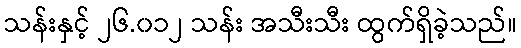
သန်းနှင့် ၂၆.၀၁၂ သန်း အသီးသီး ထွက်ရှိခဲ့သည်။